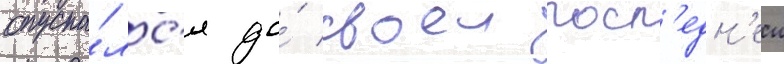
опуска́лс'я до́ своеи посл'едн'еи